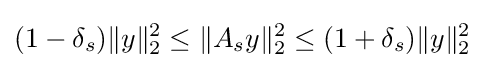
(1-\delta _{s})\|y\|_{2}^{2}\leq \|A_{s}y\|_{2}^{2}\leq (1+\delta _{s})\|y\|_{2}^{2}